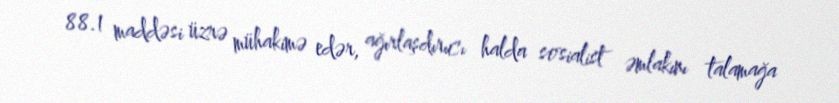
88.1 maddəsi üzrə mühakimə edər, ağırlaşdırıcı halda sosialist əmlakını talamağa